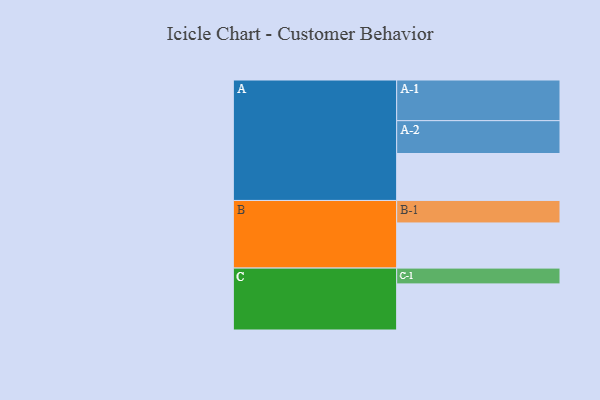
{"axis": {"x": "Segment", "y": "Value"}, "legend": ["", "A", "B", "C"], "data": [{"x": "A", "y": 336, "type": ""}, {"x": "B", "y": 323, "type": ""}, {"x": "C", "y": 330, "type": ""}, {"x": "A-1", "y": 291, "type": "A"}, {"x": "A-2", "y": 235, "type": "A"}, {"x": "B-1", "y": 161, "type": "B"}, {"x": "C-1", "y": 113, "type": "C"}]}